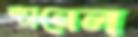
প্যানেল